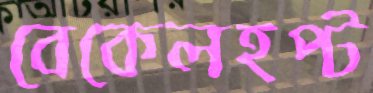
বেকেলহপ্ট